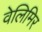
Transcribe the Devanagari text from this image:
वेलिमिर